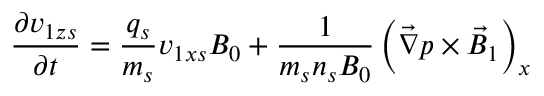
\frac { \partial { v } _ { 1 z s } } { \partial t } = \frac { q _ { s } } { m _ { s } } { v } _ { 1 x s } B _ { 0 } + \frac { 1 } { m _ { s } n _ { s } B _ { 0 } } \left( \vec { \nabla } p \times \vec { B } _ { 1 } \right) _ { x }